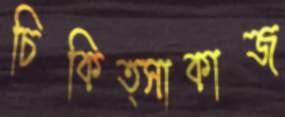
চিকিত্সাকাজ